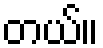
တယ်။